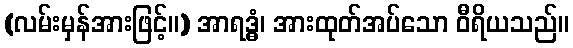
(လမ်းမှန်အားဖြင့်။) အာရဒ္ဓံ၊ အားထုတ်အပ်သော ဝီရိယသည်။